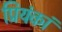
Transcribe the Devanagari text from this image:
प्रियंकां